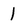
Character: 1